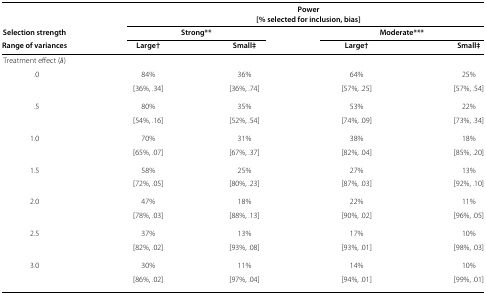
<table><thead><tr><td></td><td colspan="4"><b>Power</b></td></tr><tr><td></td><td colspan="4"><b>[% selected for inclusion, bias]</b></td></tr><tr><td><b>Selection strength</b></td><td colspan="2"><b>Strong**</b></td><td colspan="2"><b>Moderate***</b></td></tr><tr><td><b>Range of variances</b></td><td><b>Large†</b></td><td><b>Small‡</b></td><td><b>Large†</b></td><td><b>Small‡</b></td></tr></thead><tbody><tr><td>Treatment effect (<i>δ</i>)</td><td></td><td></td><td></td><td></td></tr><tr><td>.0</td><td>84%</td><td>36%</td><td>64%</td><td>25%</td></tr><tr><td></td><td>[36%,.34]</td><td>[36%,.74]</td><td>[57%,.25]</td><td>[57%,.54]</td></tr><tr><td>.5</td><td>80%</td><td>35%</td><td>53%</td><td>22%</td></tr><tr><td></td><td>[54%,.16]</td><td>[52%,.54]</td><td>[74%,.09]</td><td>[73%,.34]</td></tr><tr><td>1.0</td><td>70%</td><td>31%</td><td>38%</td><td>18%</td></tr><tr><td></td><td>[65%,.07]</td><td>[67%,.37]</td><td>[82%,.04]</td><td>[85%,.20]</td></tr><tr><td>1.5</td><td>58%</td><td>25%</td><td>27%</td><td>13%</td></tr><tr><td></td><td>[72%,.05]</td><td>[80%,.23]</td><td>[87%,.03]</td><td>[92%,.10]</td></tr><tr><td>2.0</td><td>47%</td><td>18%</td><td>22%</td><td>11%</td></tr><tr><td></td><td>[78%,.03]</td><td>[88%,.13]</td><td>[90%,.02]</td><td>[96%,.05]</td></tr><tr><td>2.5</td><td>37%</td><td>13%</td><td>17%</td><td>10%</td></tr><tr><td></td><td>[82%,.02]</td><td>[93%,.08]</td><td>[93%,.01]</td><td>[98%,.03]</td></tr><tr><td>3.0</td><td>30%</td><td>11%</td><td>14%</td><td>10%</td></tr><tr><td></td><td>[86%,.02]</td><td>[97%,.04]</td><td>[94%,.01]</td><td>[99%,.01]</td></tr></tbody></table>